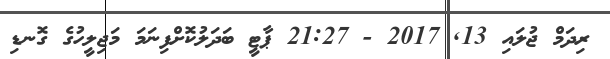
ރިދަމް ޖުލައި 13